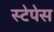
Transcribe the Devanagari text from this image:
स्टेपेस